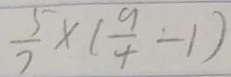
\frac { 5 } { 2 } \times ( \frac { 9 } { 4 } - 1 )